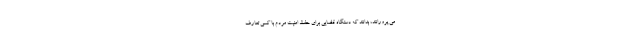
می پرورانند، بدانند که دستگاه قضایی برای حفظ امنیت مردم با کسی تعارف